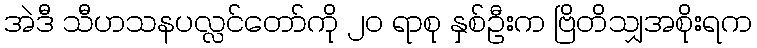
အဲဒီ သီဟသနပလ္လင်တော်ကို ၂၀ ရာစု နှစ်ဦးက ဗြိတိသျှအစိုးရက